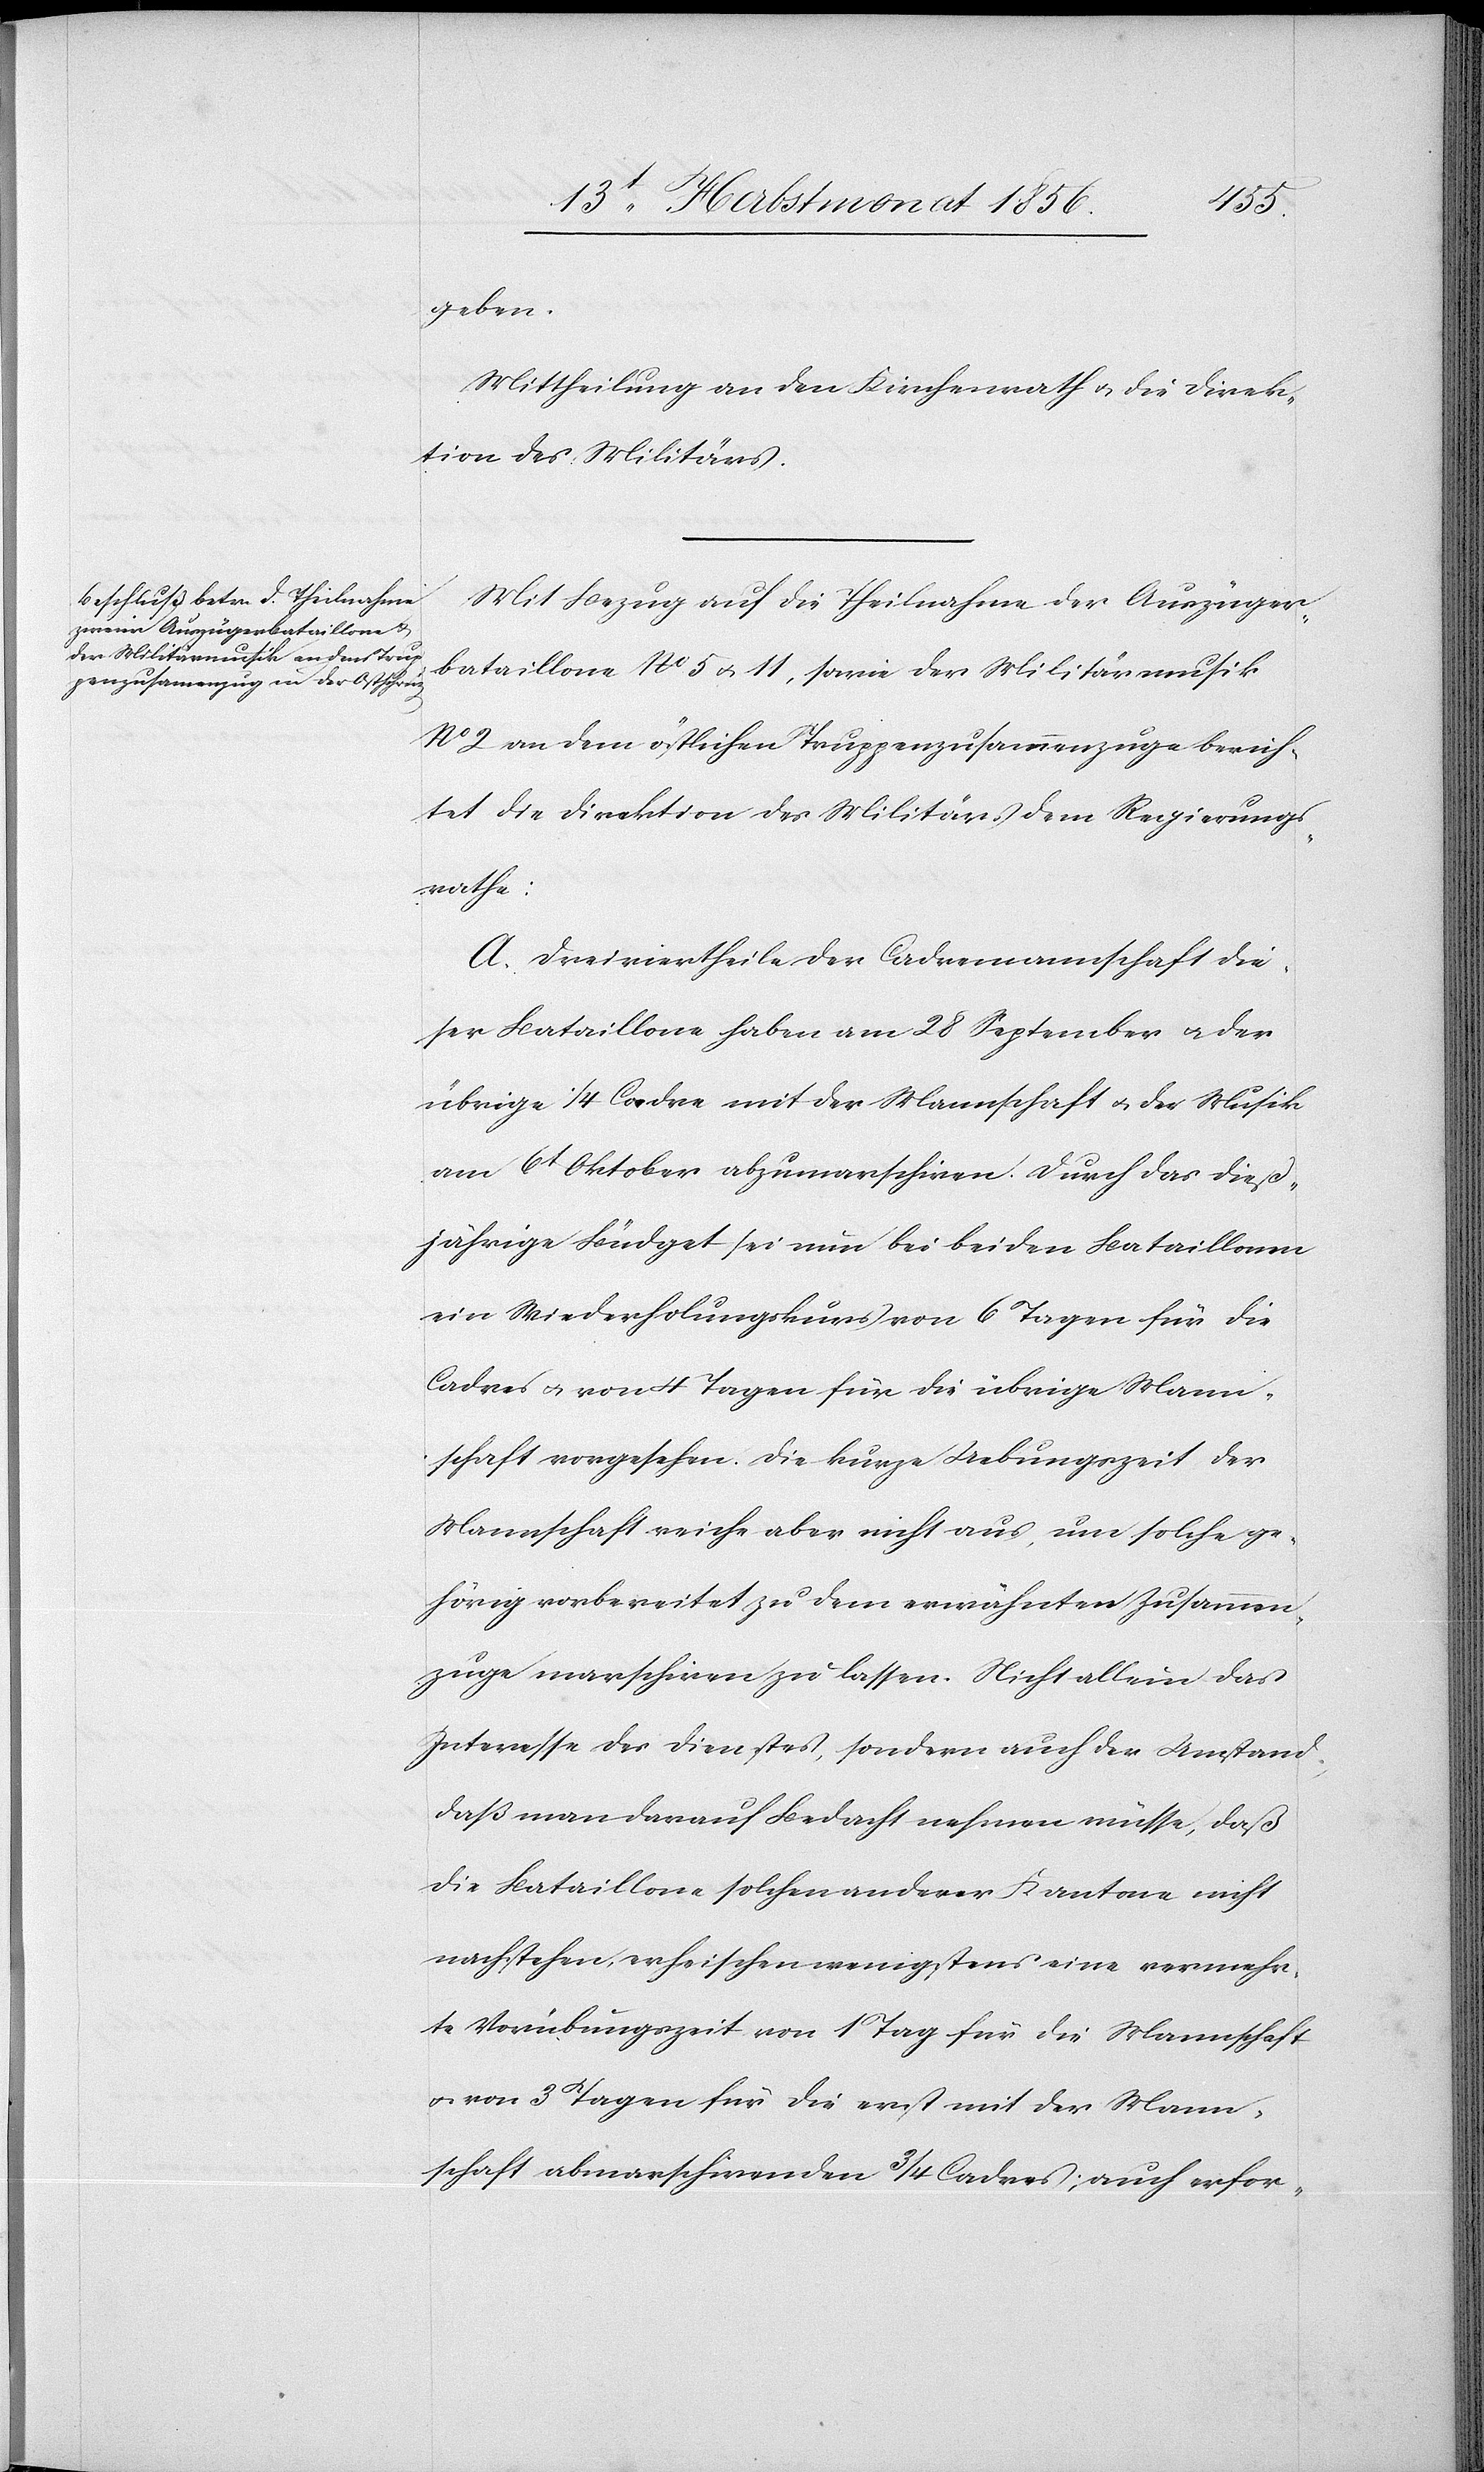
geben.
Mittheilung an den Kirchenrath u. die Direk¬
tion des Militärs.
Mit Bezug auf die Theilnahme der Auszüger¬
bataillone No 5 u. 11, sowie der Militärmusik
No 2 an dem östlichen Truppenzusammenzuge berich¬
tet die Direktion des Militärs dem Regierungs¬
rathe:
A. Dreiviertheile der Cadremannschaft die¬
ser Bataillone haben am 28 September u. der
übrige ¼ Cadre mit der Mannschaft u. der Musik
am 6t Oktober abzumarschiren. Durch das dieß¬
jährige Büdget sei nun bei beiden Bataillonen
ein Wiederholungskurs von 6 Tagen für die
Cadres u. von 4 Tagen für die übrige Mann¬
schaft vorgesehen. Die kurze Uebungszeit der
Mannschaft reiche aber nicht aus, um solche ge¬
hörig vorbereitet zu dem erwähnten Zusammen¬
zuge marschiren zu lassen. Nicht allein das
Interesse des Dienstes, sondern auch der Umstand,
daß man darauf Bedacht nehmen müsse, daß
die Bataillone solchen anderer Kantone nicht
nachstehen, erheischen wenigstens eine vermehr¬
te Vorübungszeit von 1 Tag für die Mannschaft
u. von 3 Tagen für die erst mit der Mann¬
schaft abmarschirenden ¾ Cadres; auch erfor-